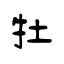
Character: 牡